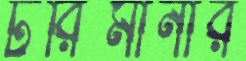
টরিমানার